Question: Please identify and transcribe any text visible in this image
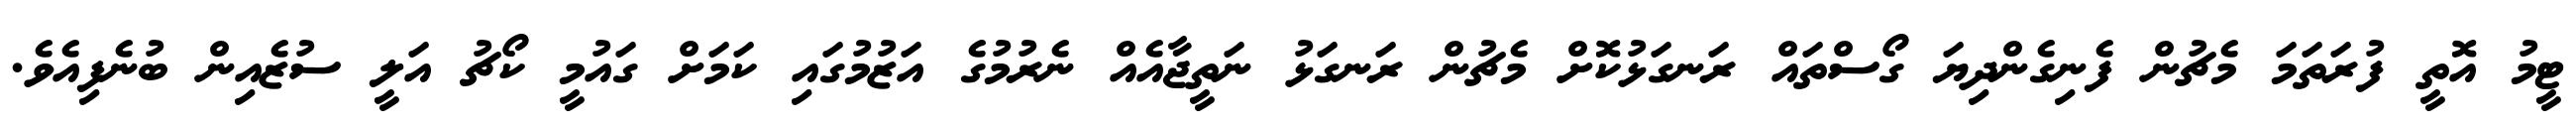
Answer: ޓީމު އޮތީ ފުރަތަމަ މެޗުން ފެނިގެންދިޔަ ގޯސްތައް ރަނގަޅުކޮށް މެޗުން ރަނގަޅު ނަތީޖާއެއް ނެރުމުގެ އަޒުމުގައި ކަމަށް ގައުމީ ކޯޗު އަލީ ސުޒެއިން ބުނެފިއެވެ.